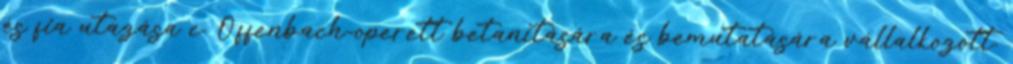
és fia utazása c. Offenbach-operett betanítására és bemutatására vállalkozott.